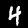
Label: 4